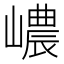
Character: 嶩